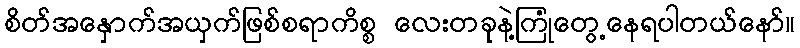
စိတ်အနှောက်အယှက်ဖြစ်စရာကိစ္စ လေးတခုနဲ့ကြုံတွေ့နေရပါတယ်နော်။